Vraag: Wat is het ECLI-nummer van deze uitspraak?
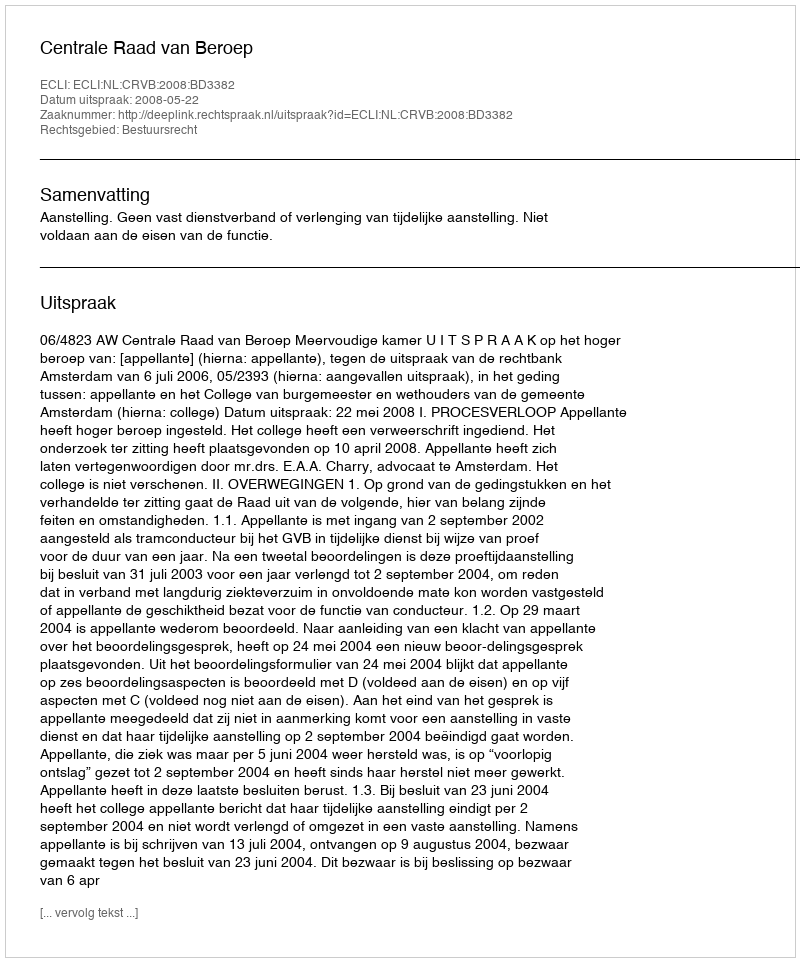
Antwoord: ECLI:NL:CRVB:2008:BD3382